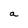
Character: a